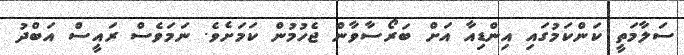
ސަލާމަތީ ކަންކަމުގައި އިންޑިއާ އަށް ބަރޯސާވާން ޖެހުމުން ކަމަށެވެ. ނަމަވެސް ރައީސް އަބްދު